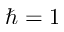
\hbar = 1